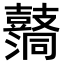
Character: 𪔦